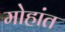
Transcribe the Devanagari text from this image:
मोहांत